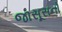
જાસૂસનો